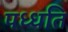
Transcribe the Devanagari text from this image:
पध्धति